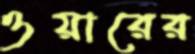
ওয়ারের